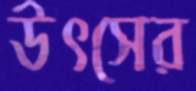
উৎসের